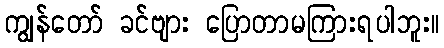
ကျွန်တော် ခင်ဗျား ပြောတာမကြားရပါဘူး။